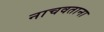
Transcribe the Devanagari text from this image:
नाचवताना